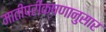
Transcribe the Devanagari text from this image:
मातीपरीक्षणानुसार